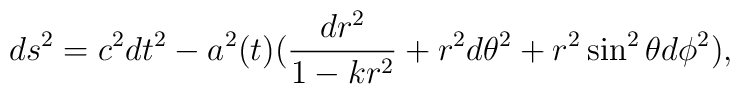
ds^2=c^2dt^2-a^2(t)(\frac{dr^2}{1-kr^2}+r^2d\theta ^2+r^2\sin^2\theta d\phi ^2),